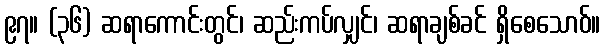
၉၇။ (၃၆) ဆရာကောင်းတွင်၊ ဆည်းကပ်လျှင်၊ ဆရာချစ်ခင် ရှိစေသောဝ်။